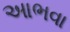
આભવા